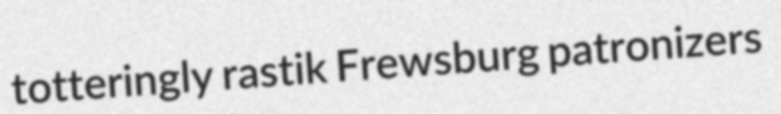
totteringly rastik Frewsburg patronizers